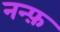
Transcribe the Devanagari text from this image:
नन्फ़